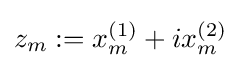
z_{m}:=x_{m}^{(1)}+ix_{m}^{(2)}